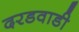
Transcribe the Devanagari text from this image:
दरडवाडी